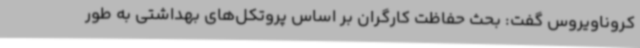
کروناویروس گفت: بحث حفاظت کارگران بر اساس پروتکل‌های بهداشتی به طور